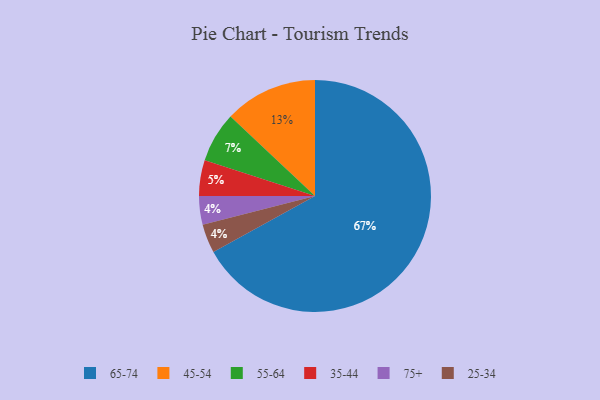
{"axis": {"x": "Category", "y": "Percentage"}, "legend": ["25-34", "35-44", "45-54", "55-64", "65-74", "75+"], "data": [{"x": "75+", "y": 4, "type": "75+"}, {"x": "35-44", "y": 5, "type": "35-44"}, {"x": "45-54", "y": 13, "type": "45-54"}, {"x": "65-74", "y": 67, "type": "65-74"}, {"x": "55-64", "y": 7, "type": "55-64"}, {"x": "25-34", "y": 4, "type": "25-34"}]}